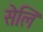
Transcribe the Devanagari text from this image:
सेलिं